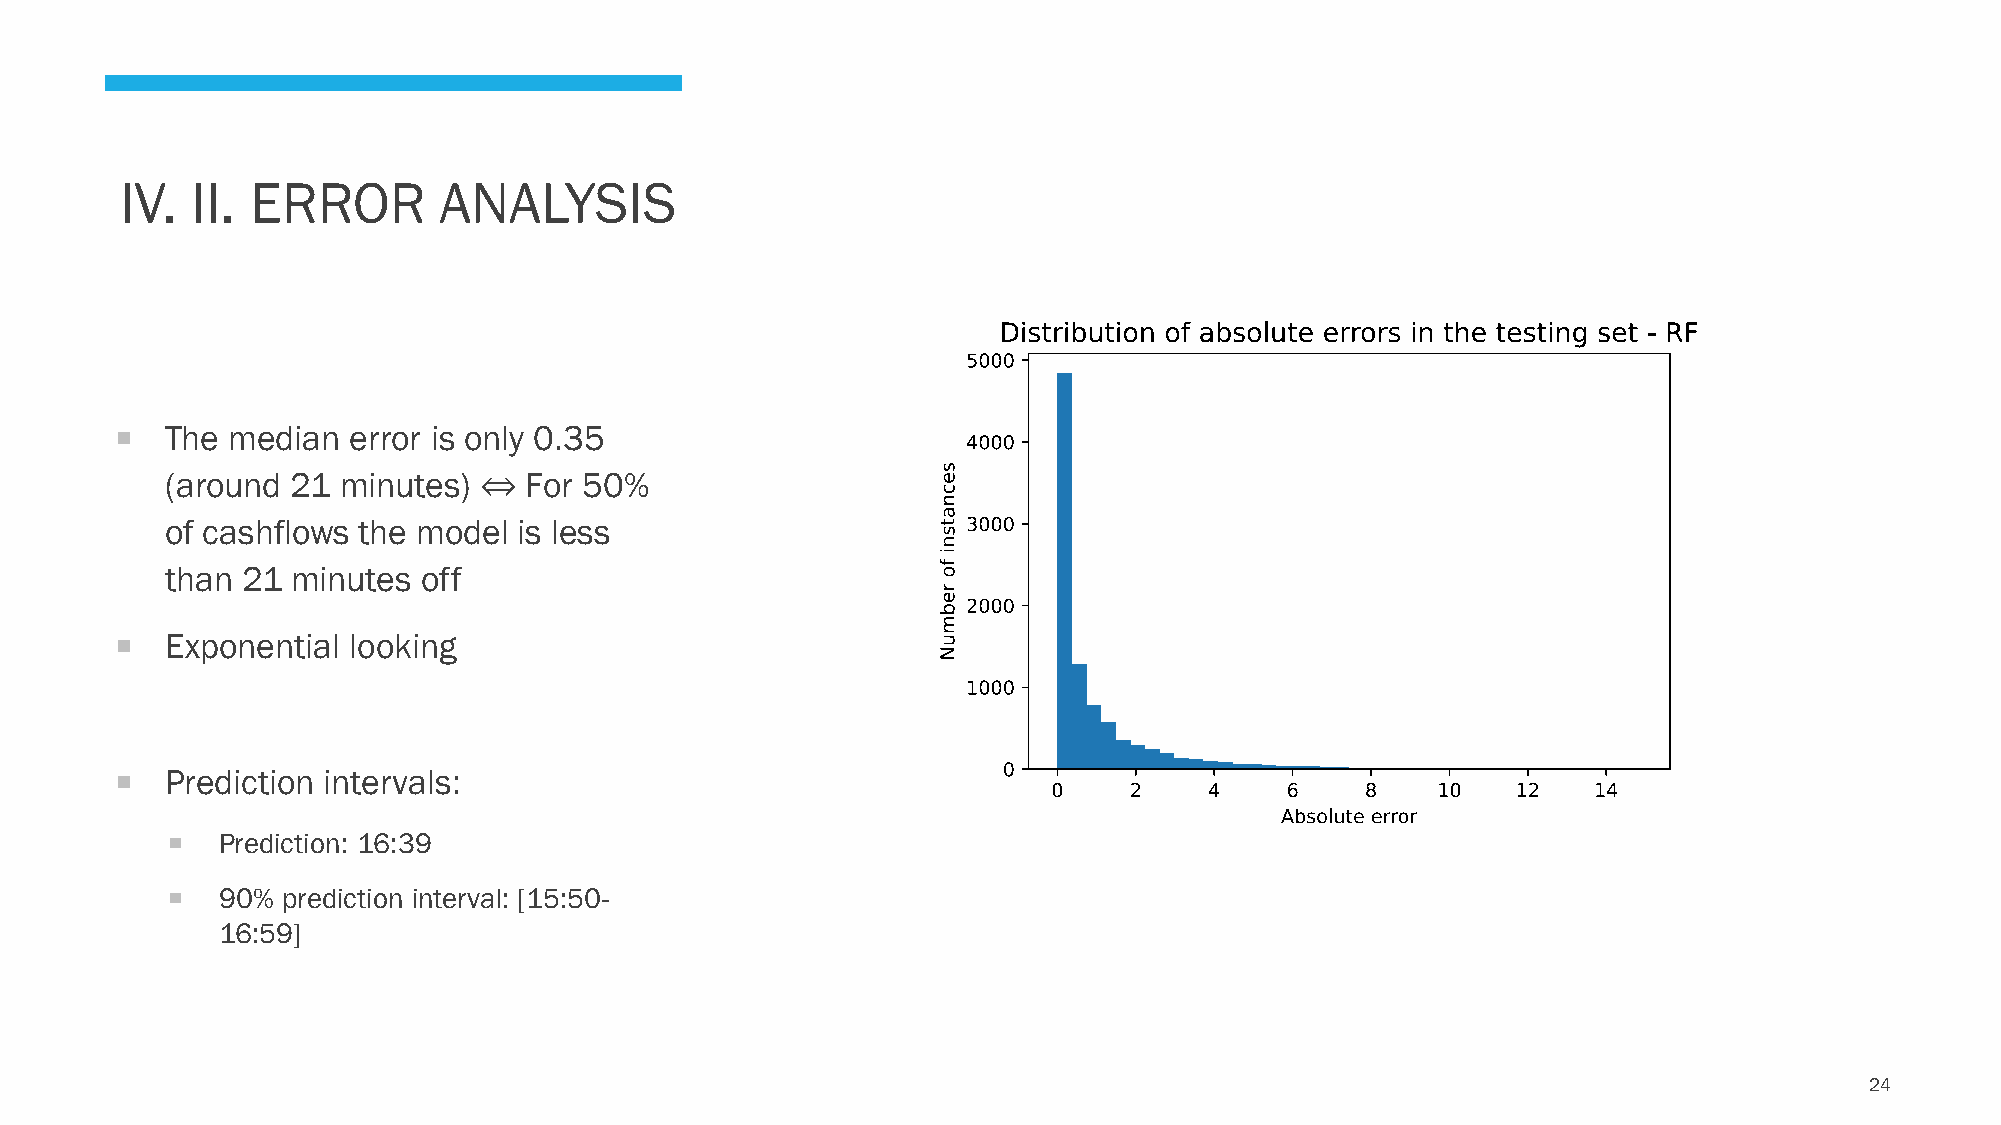
IV.  II. ERROR       ANALYSIS
   The median  error is only 0.35
 (around 21 minutes)  ⇔  For 50%
 of cashflows the model is less
 than 21 minutes  off
   Exponential looking
   Prediction intervals:
   Prediction: 16:39
   90%  prediction interval: [15:50-
 16:59]
 24